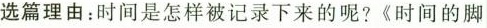
选篇理由：时间是怎样被记录下来的呢？《时间的脚